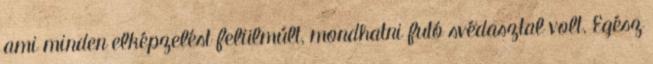
ami minden elképzelést felülmúlt, mondhatni futó svédasztal volt. Egész